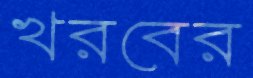
খরবের